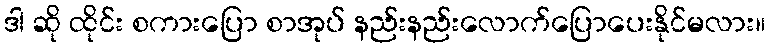
ဒါ ဆို ထိုင်း စကားပြော စာအုပ် နည်းနည်းလောက်ပြောပေးနိုင်မလား။